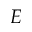
E